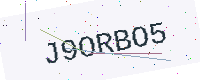
Text: J9ORBO5